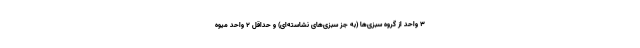
۳ واحد از گروه سبزی‌ها (به جز سبزی‌های نشاسته‌ای) و حداقل ۲ واحد میوه